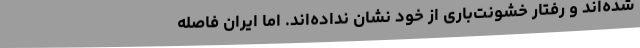
شده‌اند و رفتار خشونت‌باری از خود نشان نداده‌اند. اما ایران فاصله